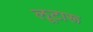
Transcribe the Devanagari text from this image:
लूटारू